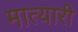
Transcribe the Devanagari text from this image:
मात्यारी